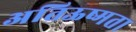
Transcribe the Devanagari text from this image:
अतिऊष्मता